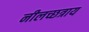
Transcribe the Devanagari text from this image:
नीलच्छत्राय